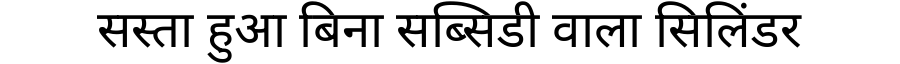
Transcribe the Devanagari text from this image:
सस्ता हुआ बिना सब्सिडी वाला सिलिंडर